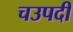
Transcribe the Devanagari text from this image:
चउपदी